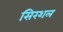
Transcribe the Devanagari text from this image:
सिरशल